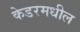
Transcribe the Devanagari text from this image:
केडरमधील